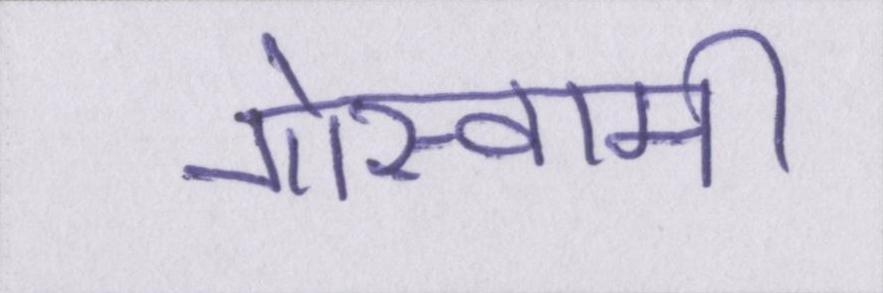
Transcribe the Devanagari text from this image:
गोस्वामी